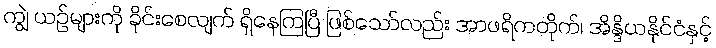
ကျွဲ ယဉ်များကို ခိုင်းစေလျက် ရှိနေကြပြီ ဖြစ်သော်လည်း အာဖရိကတိုက်၊ အိန္ဒိယနိုင်ငံနှင့်